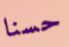
حسنا